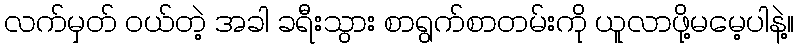
လက်မှတ် ဝယ်တဲ့ အခါ ခရီးသွား စာရွက်စာတမ်းကို ယူလာဖို့မမေ့ပါနဲ့။